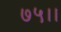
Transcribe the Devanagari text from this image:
७५।।